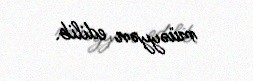
müəyyən edilib.